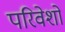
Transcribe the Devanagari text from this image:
परिवेशो